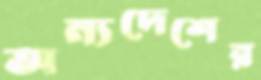
অন্যদেশের